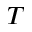
T